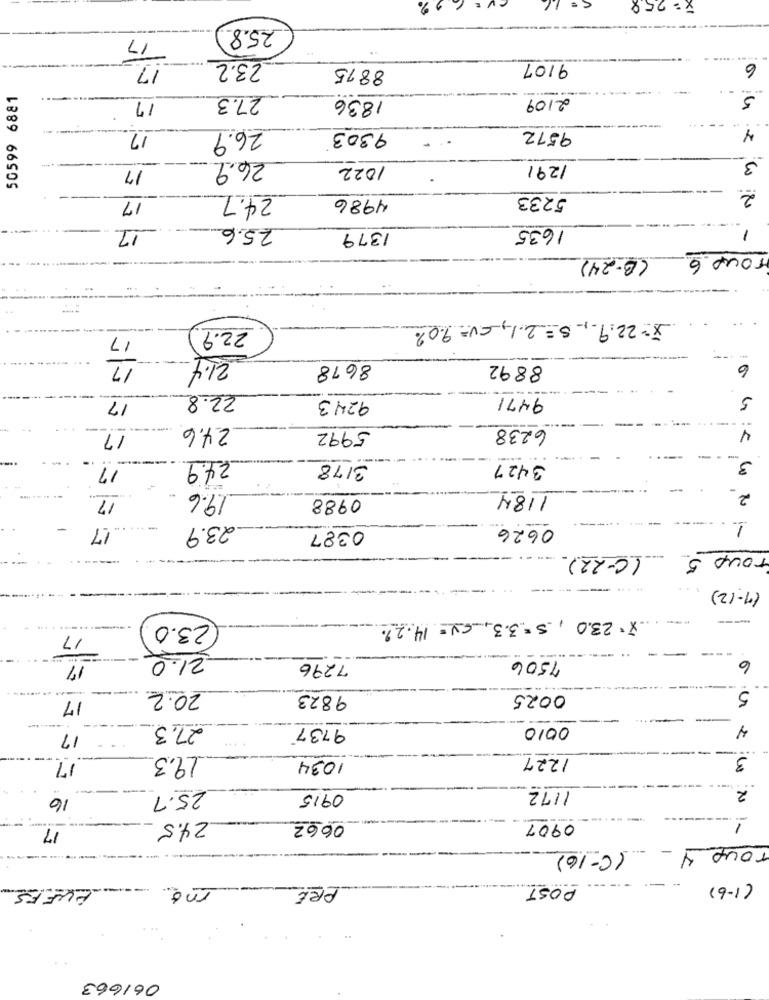
x= 258
25.8
17
17
23.2
8875
9107
6
50599 6881
27.3
1836
2109
5
17
9572
Y
17
26.9
9303
---
17
26.9
1022
1291
3
2
17
24.7
4986
5233
17
25.6
1635
1379
-
(B-24)
TOUP.6
22.9
X= 22.9, S = 2.1, CV = 9.0%
17
17
8678
8892
6
22.8
9243
9471
5
17
------
24.6
5992
6238
17
4
24.9
17
3178
3427
3
17
19.6
0988
1184
2
17
23.9
0626
1
0387
(C-22)
ToUD 5
(7- 12 )
23.0
x. 23.0, s = 3.3, CV = 14.2%
17
21.0
7506
6
17
7296
----
5
17
20.2
9823
0025
27.3
9737
0010
4
17
19.3
1034
1227
3
17
1172
2
16
25.7
0915
17
24.5
0662
0907
-
Tous 4
(C-16)
CUFFS
mo.
PRE
POST
(1-6)
061663